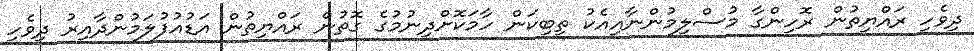
ދިވެހި ރައްޔިތުން ރޮހިންގާ މުސްލިމުންނާއިއެކު ތިބިކަން ހާމަކޮށްދިނުމުގެ ގޮތުން ރައްޔިތުން އަޑުއުފުލަމުންދާއިރު ދިވެހި